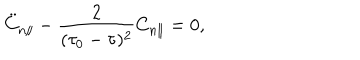
LaTeX: \ddot { C } _ { n \parallel } - \frac { 2 } { ( \tau _ { 0 } - \tau ) ^ { 2 } } C _ { n \parallel } = 0 ,